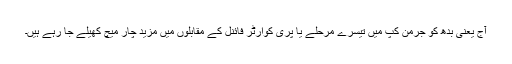
آج یعنی بدھ کو جرمن کپ میں تیسرے مرحلے یا پری کوارٹر فائنل کے مقابلوں میں مزید چار میچ کھیلے جا رہے ہیں۔